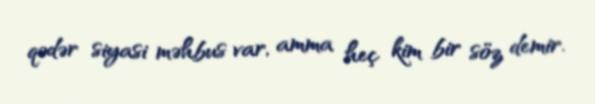
qədər siyasi məhbus var, amma heç kim bir söz demir.